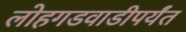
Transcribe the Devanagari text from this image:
लोहगडवाडीपर्यंत